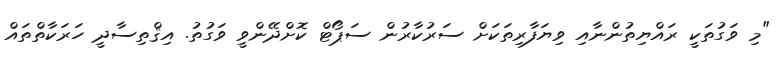
"މި ވަގުތަކީ ރައްޔިތުންނާއި ވިޔަފާރިތަކަށް ސަރުކާރުން ސަޕޯޓް ކޮށްދޭންވީ ވަގުތު. އިޤްތިސާދީ ހަރަކާތްތައް